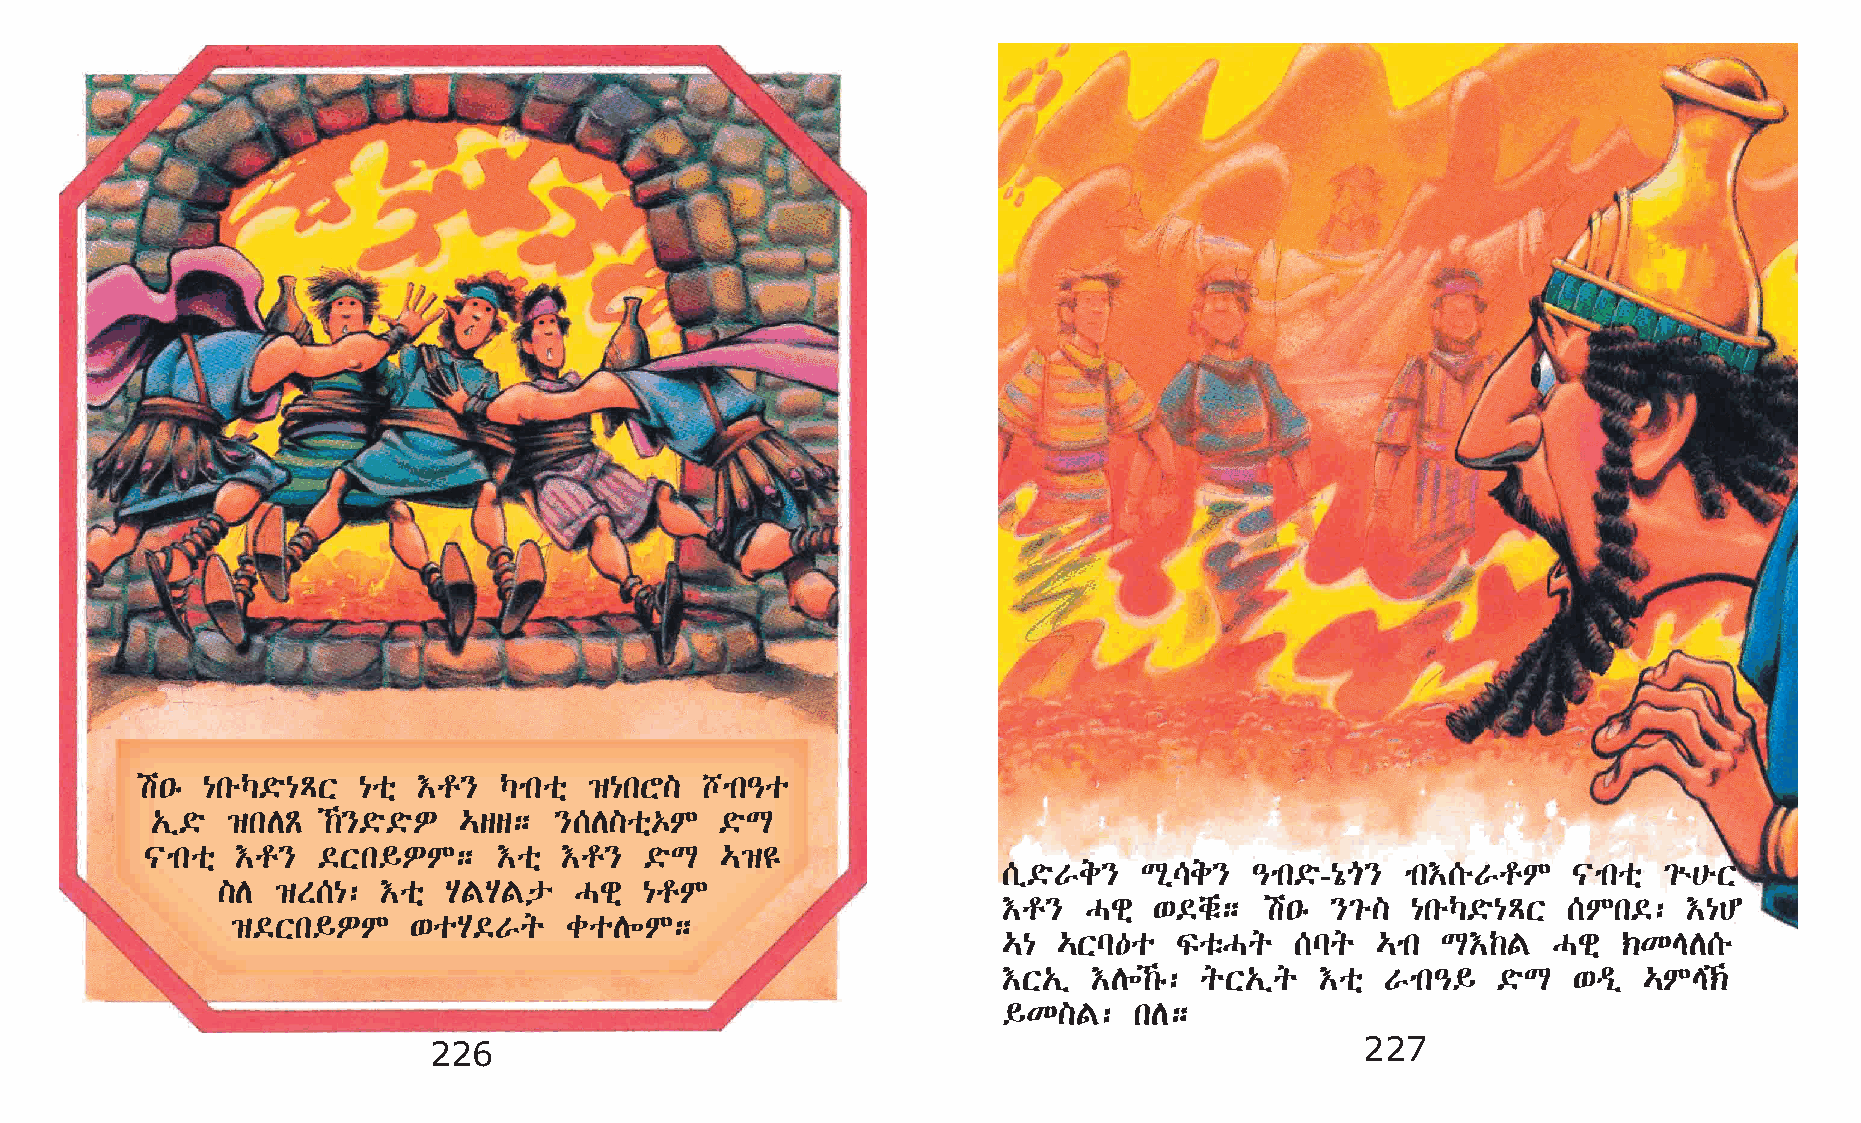
a•ê {kéŠ©ö{ÄX  {oñ †r}  Šmkoñ ›{kY]  bmk–o
 „ï©ö ›kDÃ  ‰}©ö©öÈ …ss;   }[D]oñ‡M   ©öL
 |mkoñ †r}  ©Xk§ÈM;     †oñ †r}   ©öL  …›£
 [ï©öVe}   Lð\e}  –mk©ö-{óµ} mk†[éVrM  |mkoñ ²ù@éX
 ]D  ›S[{:  †oñ AFAFp    Hgñ  {rM
 †r}   Hgñ ‘©chë;  a•ê }²é] {kéŠ©ö{ÄX  [Mk©:   †{C
 ›©Xk§ÈM     ‘oA©Vq    coD÷M;
 …{  …Xl—o   ÏoëHq   [lq  …mk L†‰F    Hgñ ‹KED[é
 †X„ï  †D÷‰ê: qX„ïq  †oñ  Vmk–§  ©öL  ‘ªï  …ME‹
 §K]F:    kD;
 226                                                           227